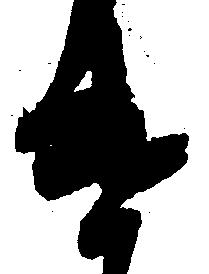
け